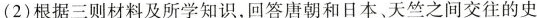
(2)根据三则材料及所学知识，回答唐朝和日本、天竺之间交往的史